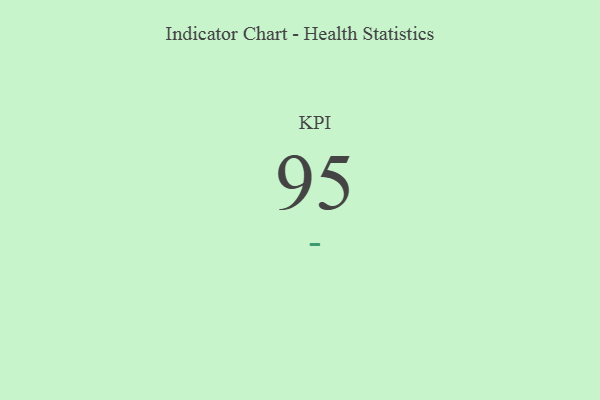
{"axis": {"x": "KPI", "y": "Value"}, "legend": [""], "data": [{"x": "KPI", "y": 95, "type": ""}]}